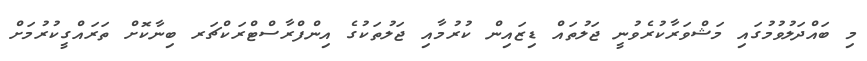
މި ބައްދަލުވުމުގައި މަޝްވަރާކުރެވުނީ ޖަލުތައް ޑިޒައިން ކުރުމާއި ޖަލުތަކުގެ އިންފްރާސްޓްރަކްޗަރ ބިނާކޮށް ތަރައްގީކުރުމަށް